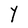
Character: Y